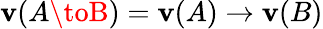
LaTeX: \mathbf{v}(A\toB)=\mathbf{v}(A)\to\mathbf{v}(B)